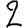
Digit: 2